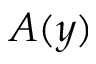
A ( y )